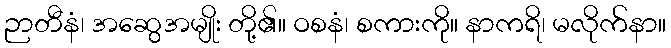
ဉာတီနံ၊ အဆွေအမျိုး တို့၏။ ဝစနံ၊ စကားကို။ နာကရိ၊ မလိုက်နာ။